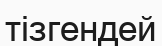
тізгендей